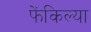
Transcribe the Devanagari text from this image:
फेंकिल्या